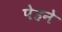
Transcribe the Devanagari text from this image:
पेहने